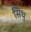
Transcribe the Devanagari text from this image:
सिथु